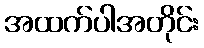
အထက်ပါအတိုင်း